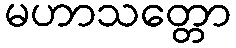
မဟာသတ္တော